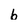
Character: b